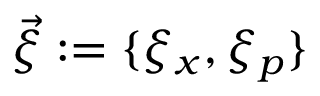
\vec { \xi } : = \{ \xi _ { x } , \xi _ { p } \}